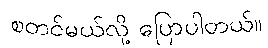
စတင်မယ်လို့ ပြောပါတယ်။